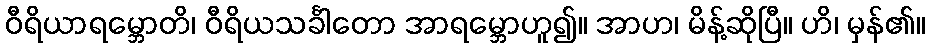
ဝီရိယာရမ္ဘောတိ၊ ဝီရိယသင်္ခါတော အာရမ္ဘောဟူ၍။ အာဟ၊ မိန့်ဆိုပြီ။ ဟိ၊ မှန်၏။